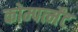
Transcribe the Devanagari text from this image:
कोम्पर्त्मेंट